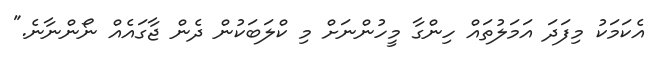
އެކަމަކު މިފަދަ އަމަލުތައް ހިންގާ މީހުންނަށް މި ކްލަބަކުން ދެން ޖާގައެއް ނޯންނާނެ."